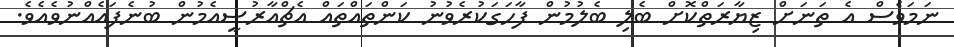
ނަމަވެސް އެ ތަނަށް ޒިޔާރަތްކޮށް ބެލި ބެލުމުން ފާހަގަކުރެވުނު ކަންތައްތައް އެޗްއާރުސީއެމުން ބުނެފައެއްނުވެއެވެ.